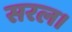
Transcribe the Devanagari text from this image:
सरल।